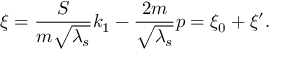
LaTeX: \xi = { \frac { S } { m \sqrt { \lambda _ { s } } } } k _ { 1 } - { \frac { 2 m } { \sqrt { \lambda _ { s } } } } p = \xi _ { 0 } + \xi ^ { \prime } .